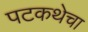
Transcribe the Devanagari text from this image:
पटकथेचा